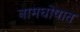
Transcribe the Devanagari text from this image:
नामघोषात